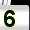
Digit: 5